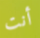
أنت